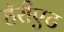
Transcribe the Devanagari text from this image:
हॅरीएट